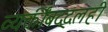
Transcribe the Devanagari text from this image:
व्यक्तींबद्दलही